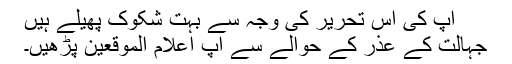
آپ کی اس تحریر کی وجہ سے بہت شکوک پھیلے ہیں
جہالت کے عذر کے حوالے سے آپ اعلام الموقعین پڑھیں۔